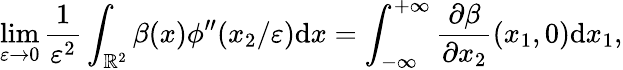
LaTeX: \operatorname*{lim}_{\varepsilon\to 0}\frac{1}{\varepsilon^{2}}\int_{\mathbb{R}^{2}}\beta(x)\phi^{\prime\prime}(x_{2}/\varepsilon)\textrm{d}x=\int_{-\infty}^{+\infty}\frac{\partial\beta}{\partial x_{2}}(x_{1},0)\textrm{d}x_{1},